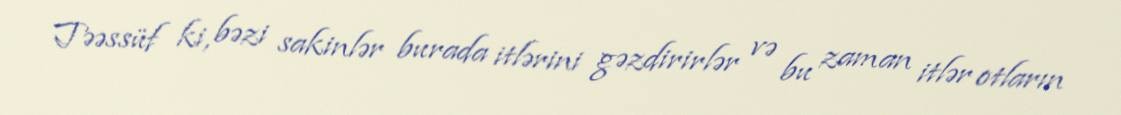
Təəssüf ki, bəzi sakinlər burada itlərini gəzdirirlər və bu zaman itlər otların